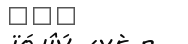
١١٦